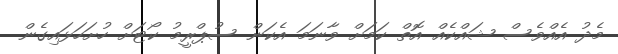
މެދު އެއްވެސް ޝައްކެއް އޮތް ކަމަށް ވާނަމަ އެކަން ސުޕްރީމު ކޯޓަށް ހުށަހަޅައިގެން